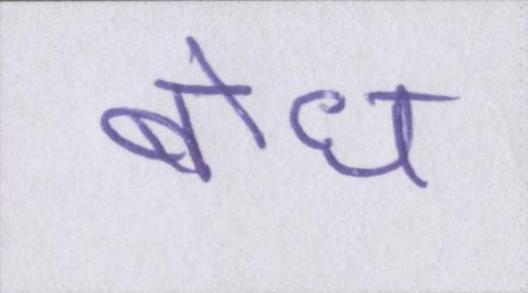
बोध